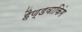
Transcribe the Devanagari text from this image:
हैण्डवाकिंग